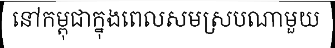
នៅកម្ពុជាក្នុងពេលសមស្របណាមួយ